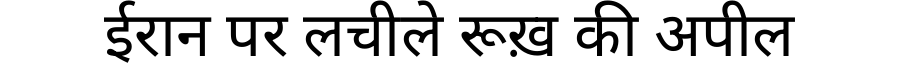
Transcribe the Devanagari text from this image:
ईरान पर लचीले रूख़ की अपील